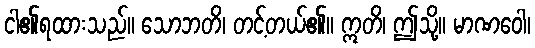
ငါ၏ရထားသည်။ သောဘတိ၊ တင့်တယ်၏။ ဣတိ၊ ဤသို့။ မာဏဝေါ၊